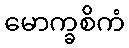
မောက္ခစိကံ